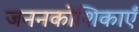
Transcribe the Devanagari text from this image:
जननकोशिकाएँ